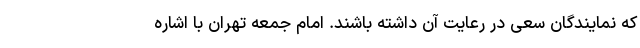
که نمایندگان سعی در رعایت آن داشته باشند. امام جمعه تهران با اشاره